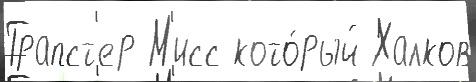
Трапст'ер М'исс кото́рый Халков